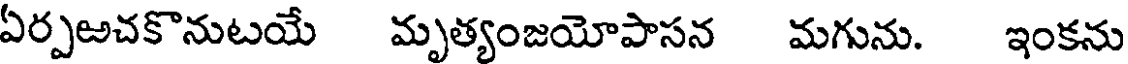
ఏర్పఱచకొనుటయే మృత్యంజయోపాసన మగును. ఇంకను